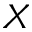
X